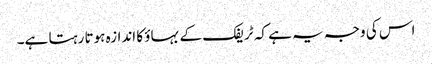
اس کی وجہ یہ ہے کہ ٹریفک کے بہاؤ کا اندازہ ہوتا رہتا ہے۔